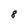
Character: 8